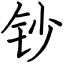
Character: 钞